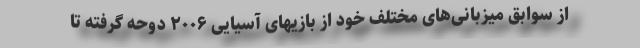
از سوابق میزبانی‌های مختلف خود از بازیهای آسیایی ۲۰۰۶ دوحه گرفته تا